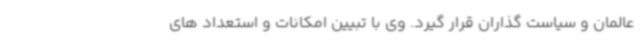
عالمان و سیاست گذاران قرار گیرد. وی با تبیین امکانات و استعداد های